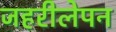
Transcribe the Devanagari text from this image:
जहरीलेपन